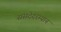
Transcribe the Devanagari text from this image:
संसदेदरम्यान